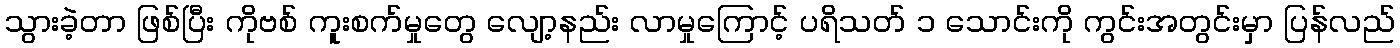
သွားခဲ့တာ ဖြစ်ပြီး ကိုဗစ် ကူးစက်မှုတွေ လျော့နည်း လာမှုကြောင့် ပရိသတ် ၁ သောင်းကို ကွင်းအတွင်းမှာ ပြန်လည်